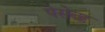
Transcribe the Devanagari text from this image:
पेसेता